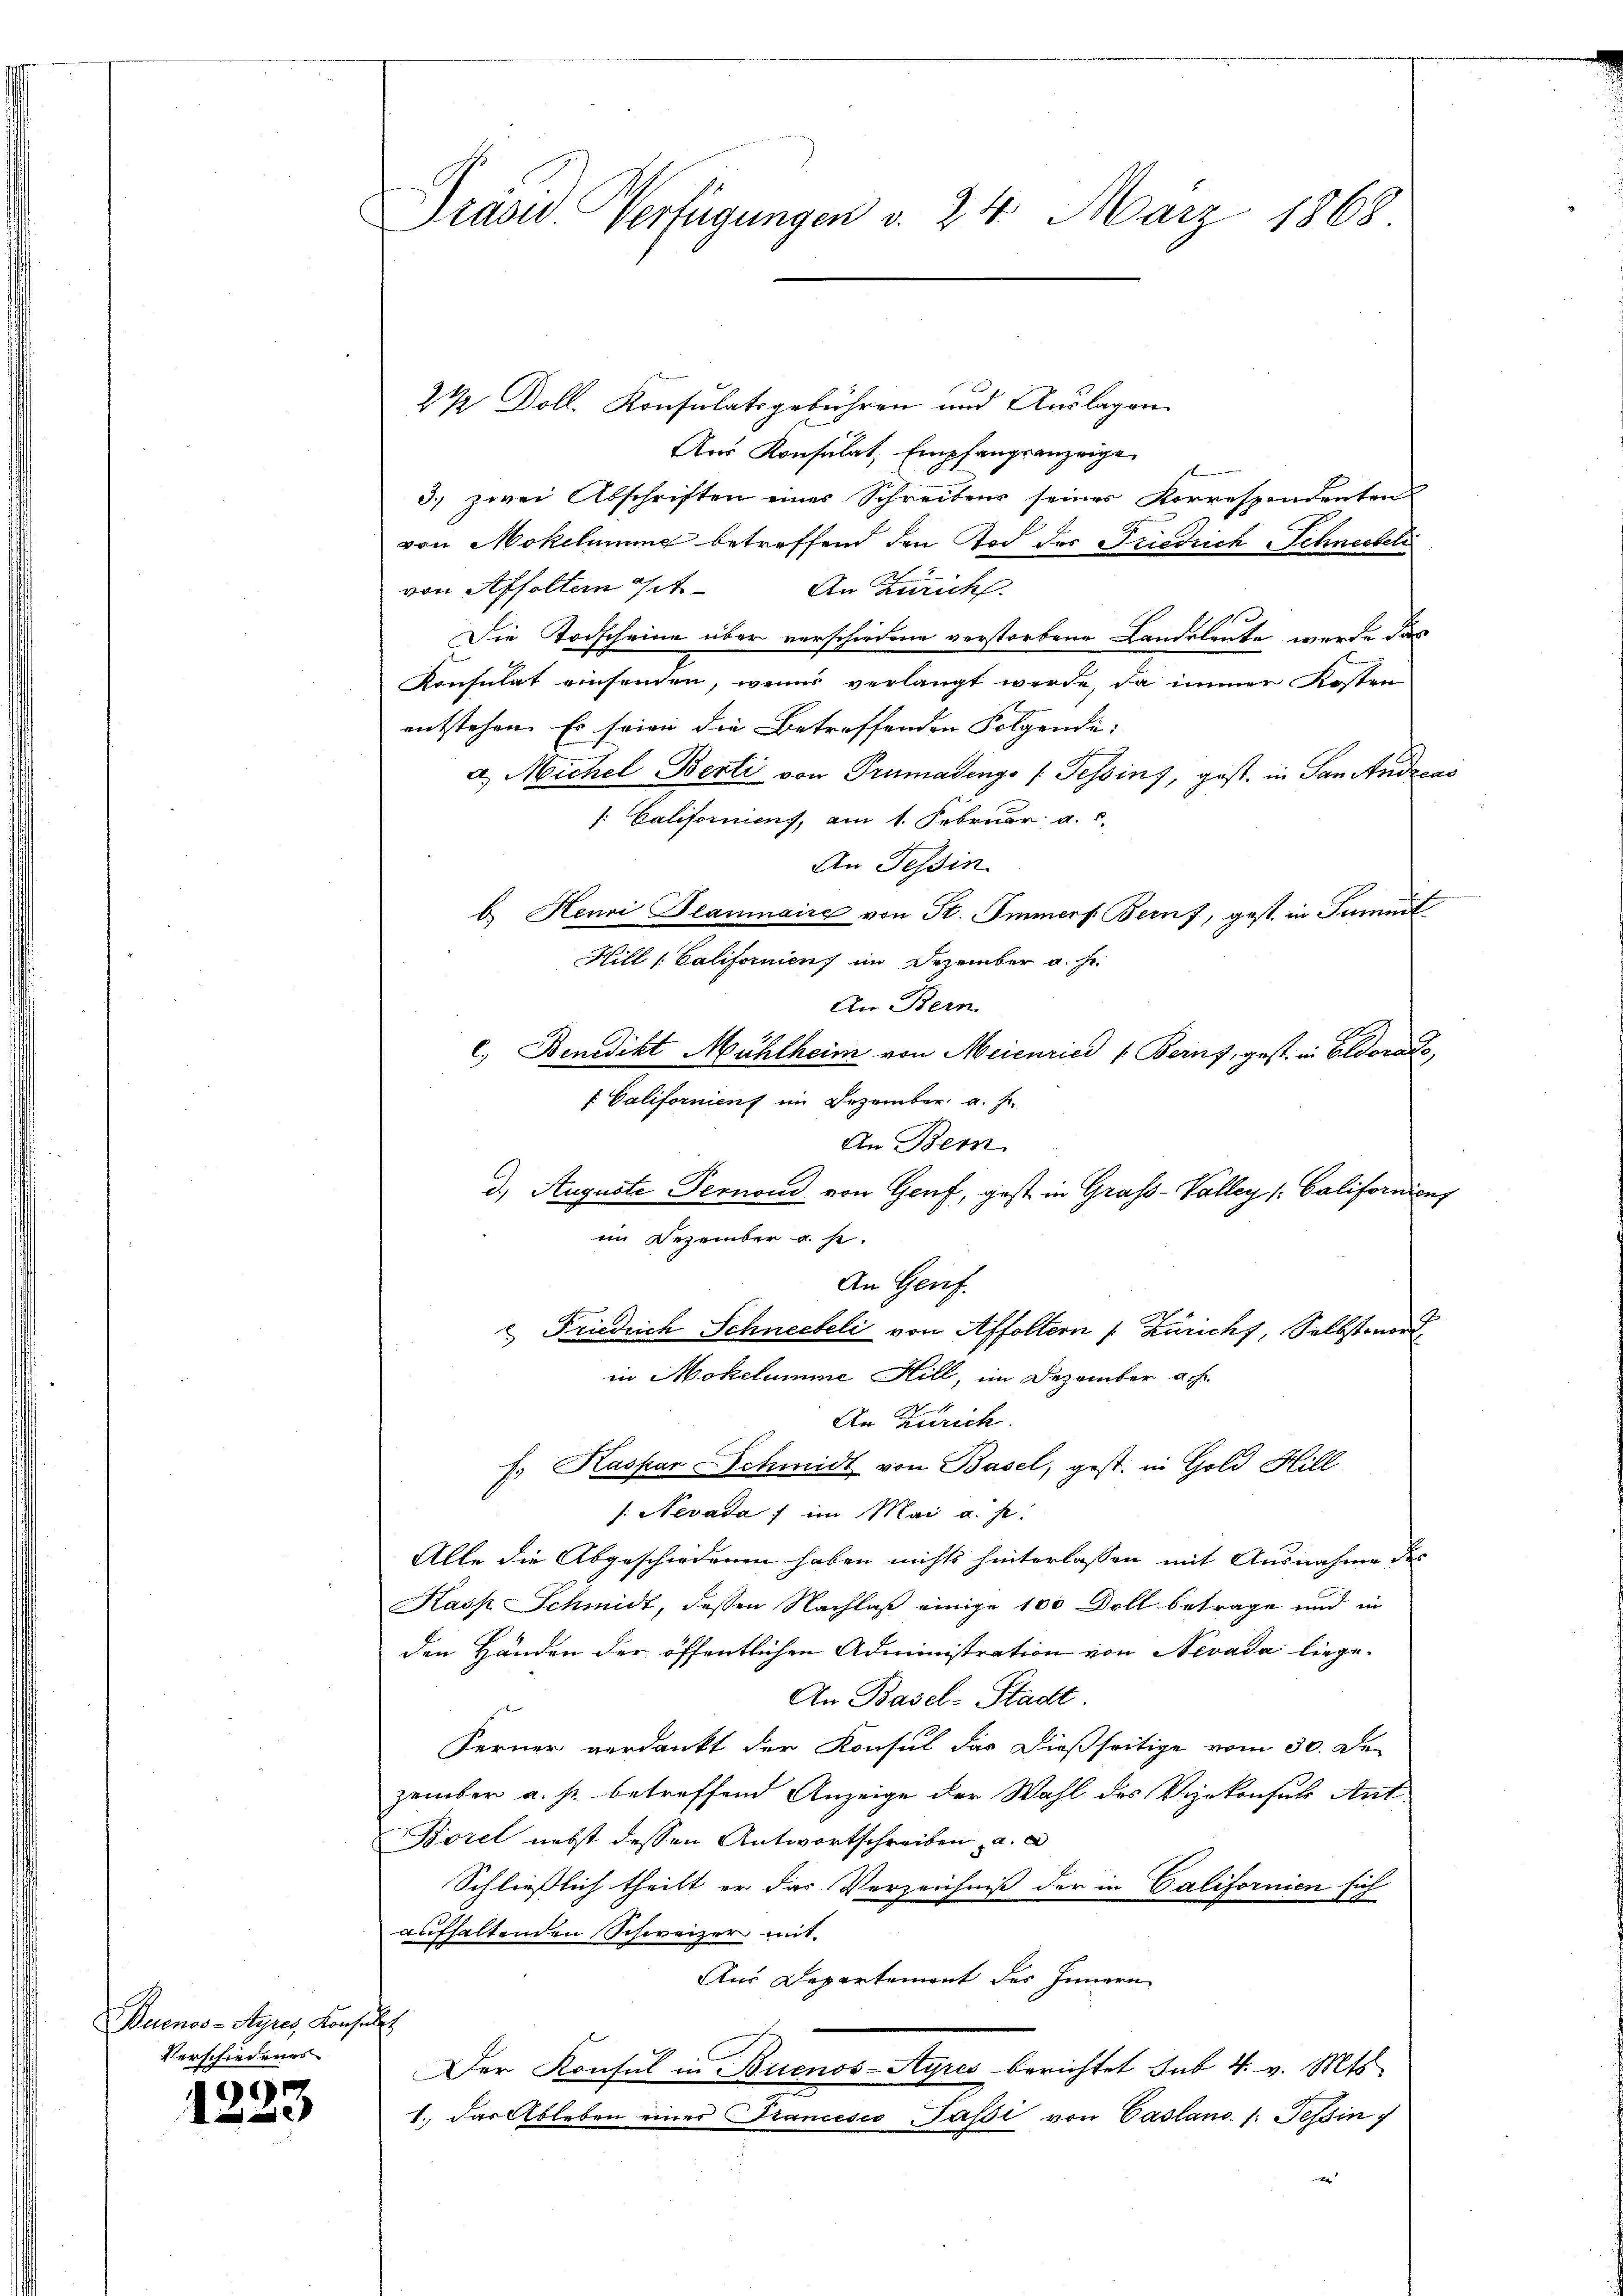
Buenos-Ayres Konsult
Verschiedenes

1223

Gräses Verfügungen v. 24. März 1868

2½ Doll. Konsulatsgebühren und Auslagen
Aus Konsulat, Empfangsanzeige
3.) zwei Abschriften eines Schreibens seines Korrespondenten
von Mokelmung betreffend den Tod des Friedrich Schneebeli
von Affolten St. An Zürich
Die Todscheine über vorschiedene verstorbene Landsleute wurde das
Konsulat einsenden, wenns verlangt werde, da immer Kosten
entstehen. Es seien die Betreffenden Folgende:
 Michel Berti von Trumadings /: Tessins, gest. in San Andreas
[: Californiens, am 1. Februar, a. c.
An Tessin
b. Henri Planmaire von St. Immerf Bern f, gest. in Summt
Hill / Californienz im Dezember a. f.
An Bern.
c. Benedikt Mühlheim von Meienried v. Berns, gest. in Eldorado,
f. Galifornienf im Dezember a. f.
An Bern
d. Auguste Pernoud von Genf, gest in Grass-Valley (Californienz
ein Dezember u. s.
An Genf.
 Friedrich Schneebeli von Affoltern / Züricht, Selbst word
in Mokelumme Hill, im Dezember a.h.
An Zürich.
f. Kaspar Schmidt von Basel, gest. in Gold Hill
/: Nevada; im Mai a. p.
Alle die Abgeschiedenen haben nichts hinterlassen mit Ausnahme des
Kasp. Schmidt, dessen Nachlaß einige 100 Doll betrage und in
den Händen der öffentlichen Administration von Nevada liege¬
An Basel-Stadt
Ferner verdankt der Konsul das dießseitige vom 30. De
zember a. s. betreffend Anzeige der Wahl des Vizekonsuls Ant¬
Borel nebst dessen Antwortschreiben, a. a
Schliesslich theilt er das Verzeichniß der in Californien sich
aufhaltenden Schweizer mit.
Aus Departement des Innern
Der Konsul in Buenos-Ayres berichtet sub. 4. v. Mts
1. Das Ableben einer Francesco Passi von Casland /: Tessin 7
x